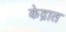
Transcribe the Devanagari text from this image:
केद्रात